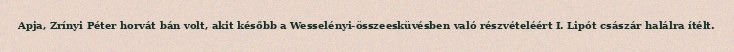
Apja, Zrínyi Péter horvát bán volt, akit később a Wesselényi-összeesküvésben való részvételéért I. Lipót császár halálra ítélt.